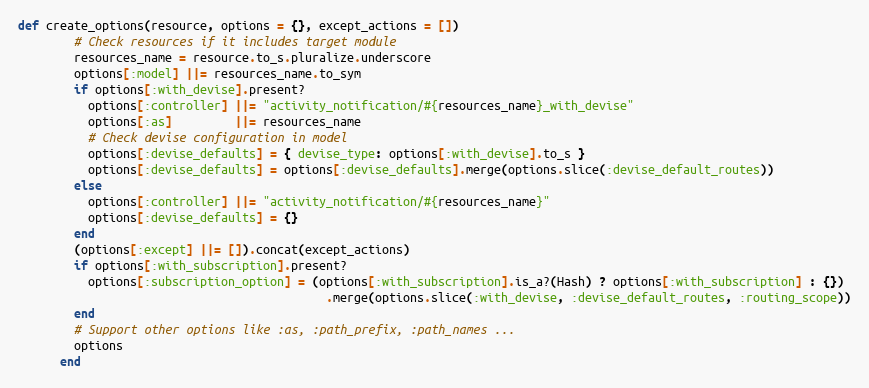
Language: Ruby
def create_options(resource, options = {}, except_actions = [])
        # Check resources if it includes target module
        resources_name = resource.to_s.pluralize.underscore
        options[:model] ||= resources_name.to_sym
        if options[:with_devise].present?
          options[:controller] ||= "activity_notification/#{resources_name}_with_devise"
          options[:as]         ||= resources_name
          # Check devise configuration in model
          options[:devise_defaults] = { devise_type: options[:with_devise].to_s }
          options[:devise_defaults] = options[:devise_defaults].merge(options.slice(:devise_default_routes))
        else
          options[:controller] ||= "activity_notification/#{resources_name}"
          options[:devise_defaults] = {}
        end
        (options[:except] ||= []).concat(except_actions)
        if options[:with_subscription].present?
          options[:subscription_option] = (options[:with_subscription].is_a?(Hash) ? options[:with_subscription] : {})
                                            .merge(options.slice(:with_devise, :devise_default_routes, :routing_scope))
        end
        # Support other options like :as, :path_prefix, :path_names ...
        options
      end